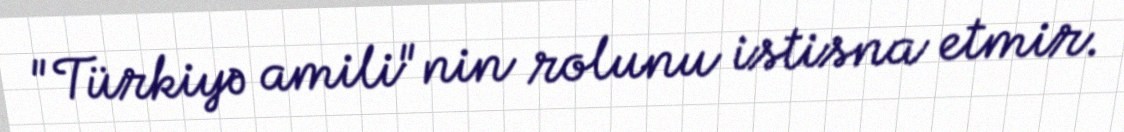
"Türkiyə amili"nin rolunu istisna etmir.